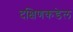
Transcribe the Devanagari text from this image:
दक्षिणकडेल